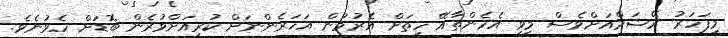
މިފަހަރު ރޭޝަމްއަށްވެސް މިވީ އެހެންތާއޭ ހިތަށް އެރުމުން އަހަރެންނަށް ކުރިއަށްވުރެން ބޮޑަށް ހެވުނެވެ.